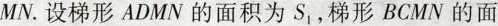
MN. 设梯形 ADMN 的面积为S_{1}，梯形 BCMN 的面